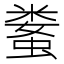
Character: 𱿻